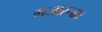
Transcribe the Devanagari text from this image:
गजारूढाः